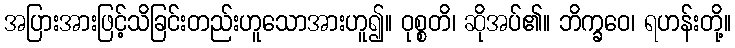
အပြားအားဖြင့်သိခြင်းတည်းဟူသောအားဟူ၍။ ဝုစ္စတိ၊ ဆိုအပ်၏။ ဘိက္ခဝေ၊ ရဟန်းတို့။